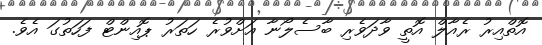
އޮތްއިރު ރެއާލް އޮތީ ވާދަވެރި ބާސެލޯނާ އަށްވުރެ ހަތަރު ޕޮއިންޓް ފަހަތުގަ އެވެ.